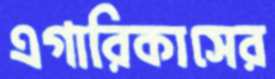
এগারিকাসের